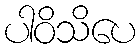
ပါဝိသိပေ